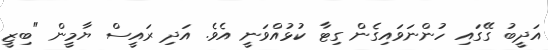
އަދީބު ގޭގައި ހުންނަވައިގެން ގިޓާ ކުޅުއްވަނީ އެވެ. އަދި ރައީސް ޔާމީން "ބިޒީ